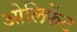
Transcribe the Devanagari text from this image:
ओलिफेंट